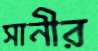
সানীর